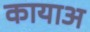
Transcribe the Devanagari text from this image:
कायाअ